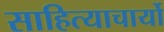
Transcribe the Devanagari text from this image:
साहित्याचार्यो